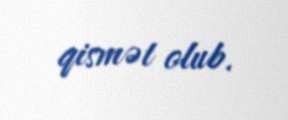
qismət olub.